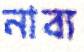
নাব্য